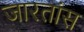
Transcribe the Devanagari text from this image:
जारतांस